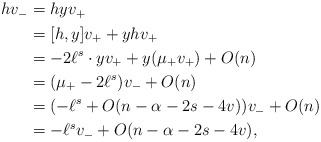
\begin{align*}\begin{aligned}hv_{-} & = hyv_{+} \\ & =[h,y]v_{+}+yhv_{+} \\ & =-2\ell^s\cdot yv_{+}+y(\mu_{+}v_{+}) +O(n) \\ & =(\mu_{+}-2\ell^s)v_{-} +O(n) \\ & = (-\ell^s+O(n-\alpha-2s-4v))v_{-} + O(n) \\ & = -\ell^s v_{-} +O(n-\alpha-2s-4v),\end{aligned}\end{align*}